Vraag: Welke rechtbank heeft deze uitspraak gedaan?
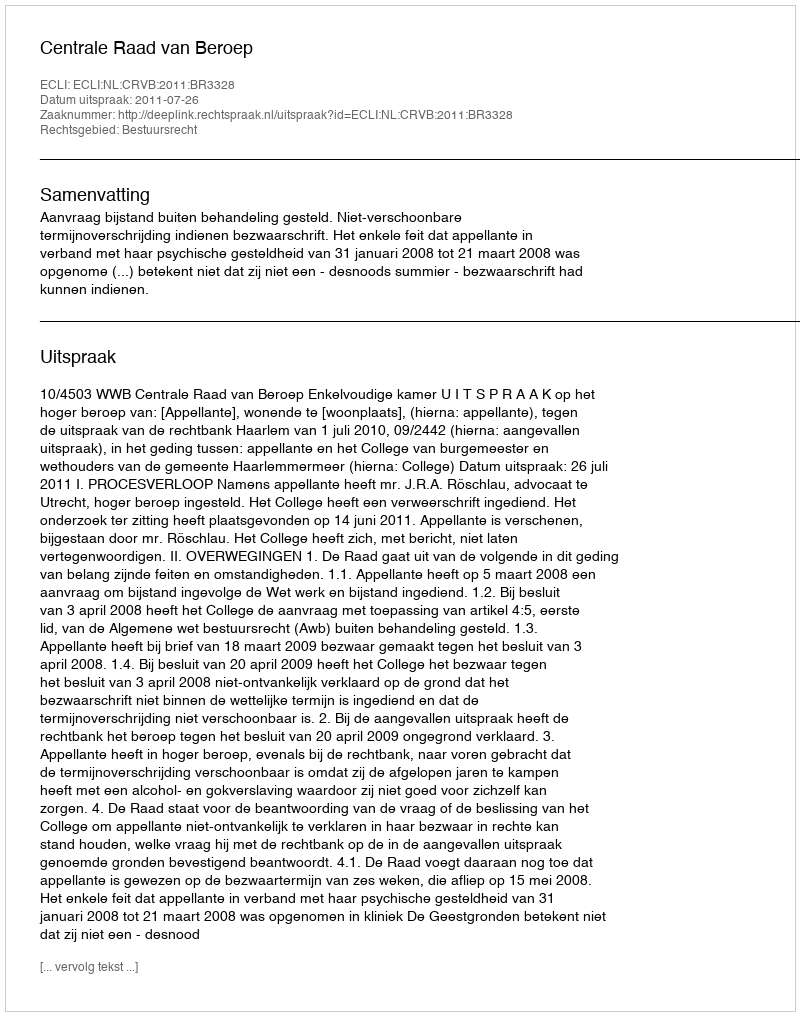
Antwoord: Centrale Raad van Beroep